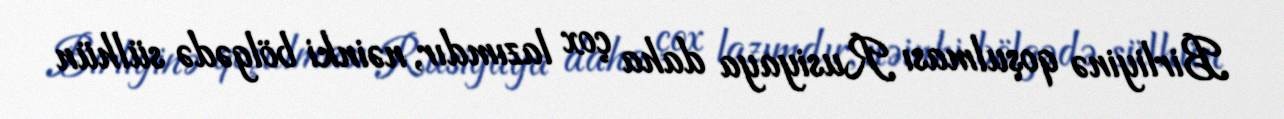
Birliyinə qoşulması Rusiyaya daha çox lazımdır, nəinki bölgədə sülhün